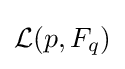
{\mathcal {L}}(p,F_{q})